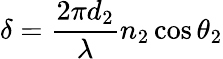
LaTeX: \delta=\frac{2\pi d_{2}}{\lambda}n_{2}\cos\theta_{2}